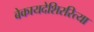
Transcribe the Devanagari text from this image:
बेकायदेशिररित्या